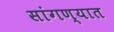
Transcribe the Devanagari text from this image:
सांगण्‍यात